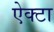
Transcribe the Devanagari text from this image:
ऐक्टा